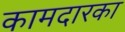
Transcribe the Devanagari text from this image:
कामदारका